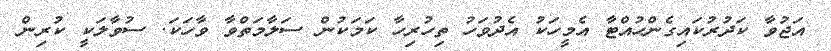
އަޖުވާ ކަދުރުކައިގެންހުއްޓާ އެމީހަކު އެދުވަހު ތިހުރިހާ ކަމަކުން ސަލާމަތްވާ ވާހަކަ. ސުވާލަކީ ކުރިން